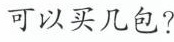
可以买几包?